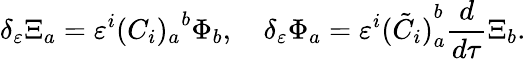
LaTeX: \delta_{\varepsilon}\Xi_{a}=\varepsilon^{i}{(C_{i})_{a}}^{b}\Phi_{b},\quad\delta_{\varepsilon}\Phi_{a}=\varepsilon^{i}{(\tilde{C}_{i})}_{a}^{b}\frac{d}{d\tau}{\Xi}_{b}.